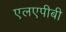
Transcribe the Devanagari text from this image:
एलएपीबी